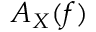
A _ { X } ( f )